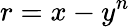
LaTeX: r=x-y^{n}